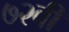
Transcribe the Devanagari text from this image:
७२वीं